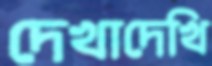
দেখাদেখি